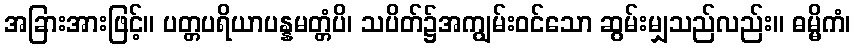
အခြားအားဖြင့်။ ပတ္တပရိယာပန္နမတ္တံပိ၊ သပိတ်၌အကျွမ်းဝင်သော ဆွမ်းမျှသည်လည်း။ ဓမ္မိကံ၊